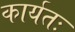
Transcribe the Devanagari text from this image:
कार्यतः